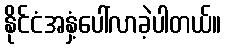
နိုင်ငံအနှံ့ပေါ်လာခဲ့ပါတယ်။